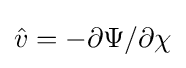
{\hat {v}}=-\partial \Psi /\partial \chi